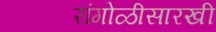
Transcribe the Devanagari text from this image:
रांगोळीसारखी